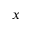
x